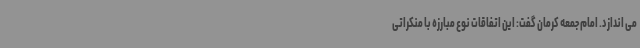
می اندازد. امام جمعه کرمان گفت: این اتفاقات نوع مبارزه با منکراتی